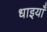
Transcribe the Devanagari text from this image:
धाइयाँ